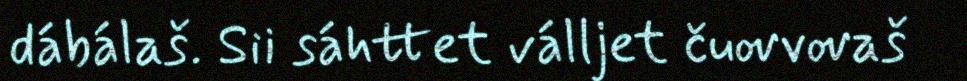
dábálaš. Sii sáhttet válljet čuovvovaš